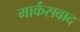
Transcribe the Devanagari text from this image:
मार्कसवाद